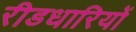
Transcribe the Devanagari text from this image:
रीडधारियों